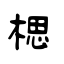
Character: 楒